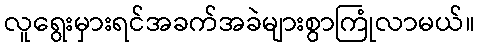
လူရွေးမှားရင်အခက်အခဲများစွာကြုံလာမယ်။